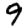
Digit: 9